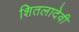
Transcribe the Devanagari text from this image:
शितलादेवी